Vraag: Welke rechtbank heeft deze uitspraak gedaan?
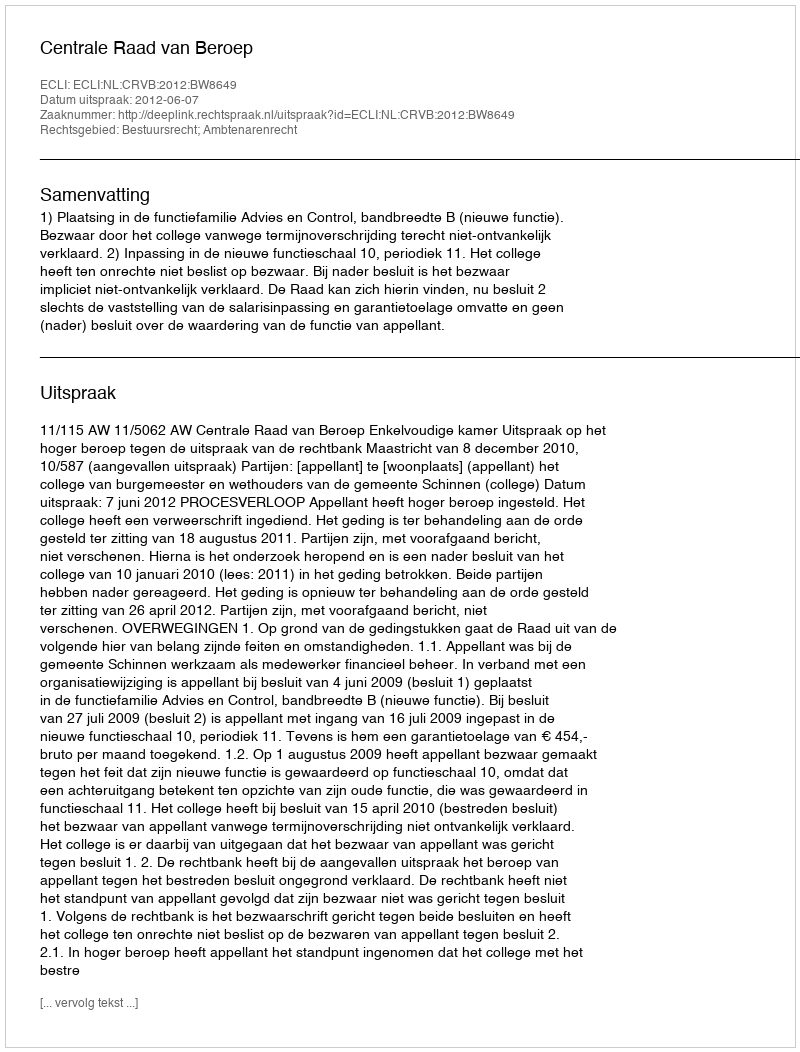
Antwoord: Centrale Raad van Beroep